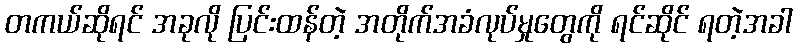
တကယ်ဆိုရင် အခုလို ပြင်းထန်တဲ့ အတိုက်အခံလုပ်မှုတွေကို ရင်ဆိုင် ရတဲ့အခါ